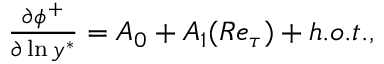
\begin{array} { r } { \frac { \partial \phi ^ { + } } { \partial \ln { y ^ { \ast } } } = A _ { 0 } + A _ { 1 } ( R e _ { \tau } ) + h . o . t . , } \end{array}